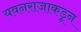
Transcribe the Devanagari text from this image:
यवनराजाकडून